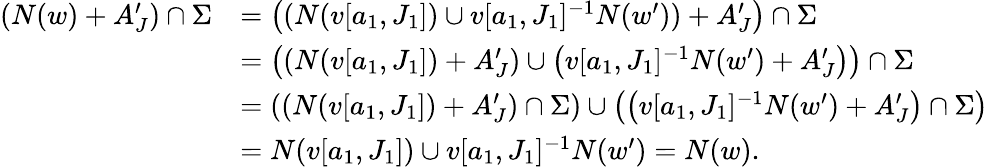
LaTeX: \begin{array}{rl}{(N(w)+A_{J}^{\prime})\cap\Sigma}&{=\left((N(v[a_{1},J_{1}])\cup v[a_{1},J_{1}]^{-1}N(w^{\prime}))+A_{J}^{\prime}\right)\cap\Sigma}\\ &{=\left(\left(N(v[a_{1},J_{1}])+A_{J}^{\prime}\right)\cup\left(v[a_{1},J_{1}]^{-1}N(w^{\prime})+A_{J}^{\prime}\right)\right)\cap\Sigma}\\ &{=\left(\left(N(v[a_{1},J_{1}])+A_{J}^{\prime}\right)\cap\Sigma\right)\cup\left(\left(v[a_{1},J_{1}]^{-1}N(w^{\prime})+A_{J}^{\prime}\right)\cap\Sigma\right)}\\ &{=N(v[a_{1},J_{1}])\cup v[a_{1},J_{1}]^{-1}N(w^{\prime})=N(w).}\end{array}